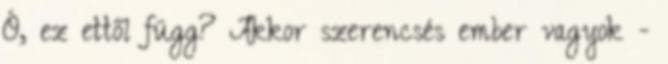
Ó, ez ettől függ? Akkor szerencsés ember vagyok -